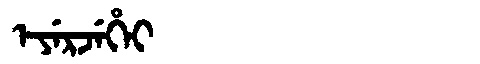
Manchu: ᡝᠶᡝᡵᠵᡝᡥᡝᡳ
Romanization: EYERJEHEI